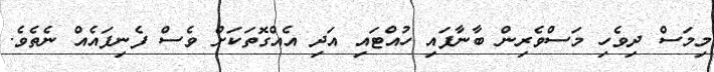
މިމަސް ދިވެހި މަސްވެރިން ބާނާފައި ހުއްޓައި އަދި އެއްގޮތަކަށް ވެސް ފެނިފައެއް ނެތެވެ.